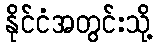
နိုင်ငံအတွင်းသို့